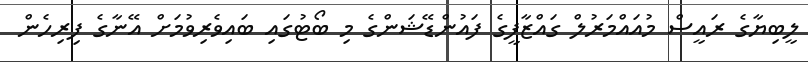
ލީބިޔާގެ ރައީސް މުއައްމަރުލް ގައްޒާފީގެ ފައުންޑޭޝަންގެ މި ބޯޓުގައި ބައިވެރިވުމަށް އޭނާގެ ފިރިހެން